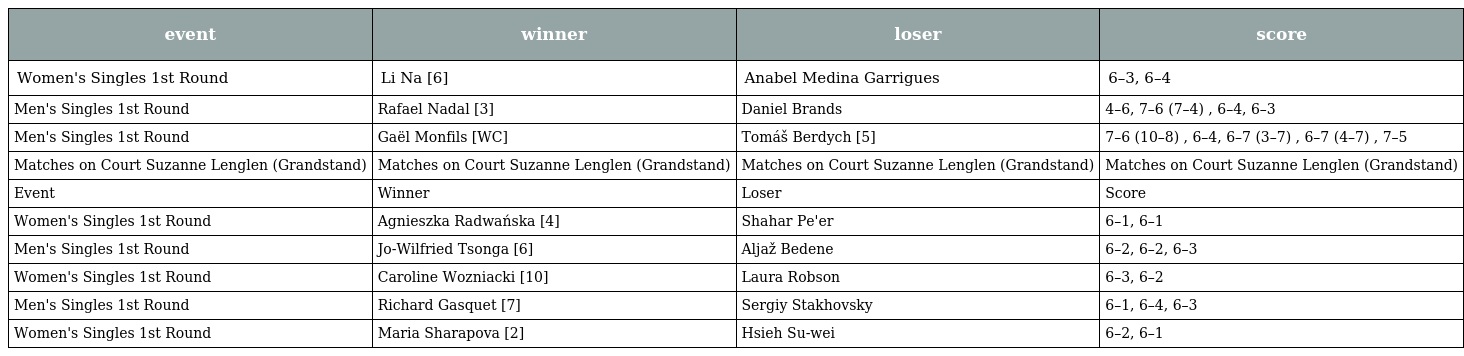
| event | winner | loser | score |
 | --- | --- | --- | --- |
 | Women's Singles 1st Round | Li Na [6] | Anabel Medina Garrigues | 6–3, 6–4 |
 | Men's Singles 1st Round | Rafael Nadal [3] | Daniel Brands | 4–6, 7–6 (7–4) , 6–4, 6–3 |
 | Men's Singles 1st Round | Gaël Monfils [WC] | Tomáš Berdych [5] | 7–6 (10–8) , 6–4, 6–7 (3–7) , 6–7 (4–7) , 7–5 |
 | Matches on Court Suzanne Lenglen (Grandstand) | Matches on Court Suzanne Lenglen (Grandstand) | Matches on Court Suzanne Lenglen (Grandstand) | Matches on Court Suzanne Lenglen (Grandstand) |
 | Event | Winner | Loser | Score |
 | Women's Singles 1st Round | Agnieszka Radwańska [4] | Shahar Pe'er | 6–1, 6–1 |
 | Men's Singles 1st Round | Jo-Wilfried Tsonga [6] | Aljaž Bedene | 6–2, 6–2, 6–3 |
 | Women's Singles 1st Round | Caroline Wozniacki [10] | Laura Robson | 6–3, 6–2 |
 | Men's Singles 1st Round | Richard Gasquet [7] | Sergiy Stakhovsky | 6–1, 6–4, 6–3 |
 | Women's Singles 1st Round | Maria Sharapova [2] | Hsieh Su-wei | 6–2, 6–1 |